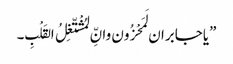
”یاجابران لَمَحْزُون وانِّ لمُشْتّغِلُ القَلْبِ۔